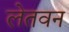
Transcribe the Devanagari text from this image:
लेतवन